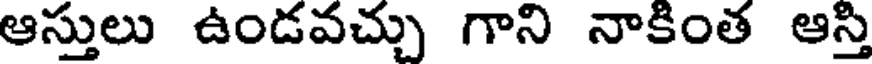
ఆస్తులు ఉండవచ్చు గాని నాకింత ఆస్తి